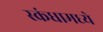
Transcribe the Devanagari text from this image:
स्कंधामध्ये